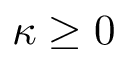
\kappa \geq 0